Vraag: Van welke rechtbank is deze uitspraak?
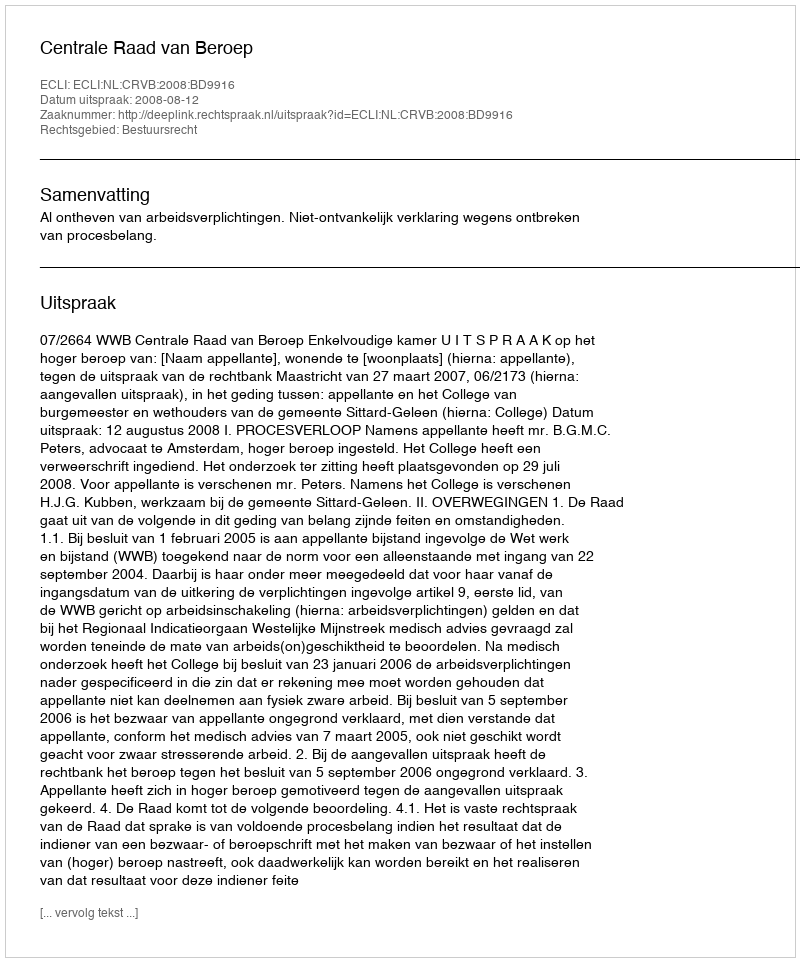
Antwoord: Centrale Raad van Beroep